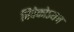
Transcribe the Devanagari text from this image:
विवेकोऽयम